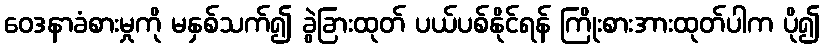
ဝေဒနာခံစားမှုကို မနှစ်သက်၍ ခွဲခြားထုတ် ပယ်ပစ်နိုင်ရန် ကြိုးစားအားထုတ်ပါက ပို၍